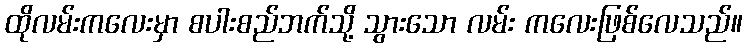
ထိုလမ်းကလေးမှာ စပါးစည်ဘက်သို့ သွားသော လမ်း ကလေးဖြစ်လေသည်။